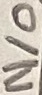
Text: N/O